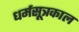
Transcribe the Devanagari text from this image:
धर्मसूत्रकाल